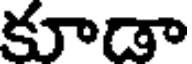
కూడా